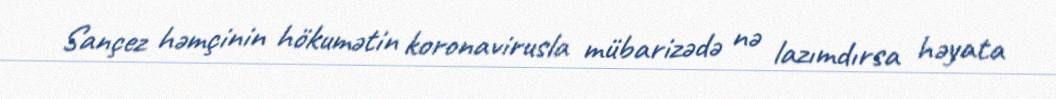
Sançez həmçinin hökumətin koronavirusla mübarizədə nə lazımdırsa həyata